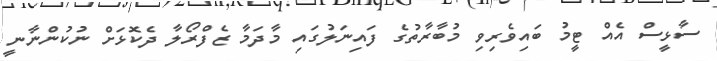
ސާޅީސް އެއް ޓީމު ބައިވެރިވި މުބާރާތުގެ ފައިނަލުގައި މާދަމާ ޒެފްރޯލާ ދެކޮޅަށް ނުކުންނާނީ